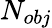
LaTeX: N_{obj}